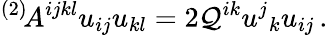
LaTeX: {}^{(2)}\! A^{ijkl}u_{ij}u_{kl}=2\mathcal{Q}^{ik}u^{j}{}_{k}u_{ij}\, .